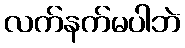
လက်နက်မပါဘဲ